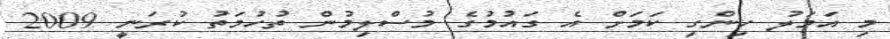
މި އަމަލު ހިންގި ކަމަށް އެ ގައުމުގެ މުސްލިމުން ތުހުމަތު ކުރަނީ 2009